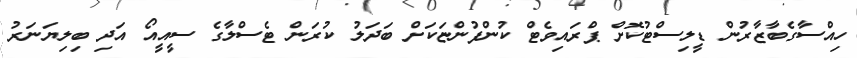
ހިއްސާގެބާޒާރުން ޑީލިސްޓުކޮށް ޕްރައިވެޓް ކުންފުންޏަކަށް ބަދަލު ކުރަން ޓެސްލާގެ ސީއީއޯ އަދި ބިލިޔަނަރު